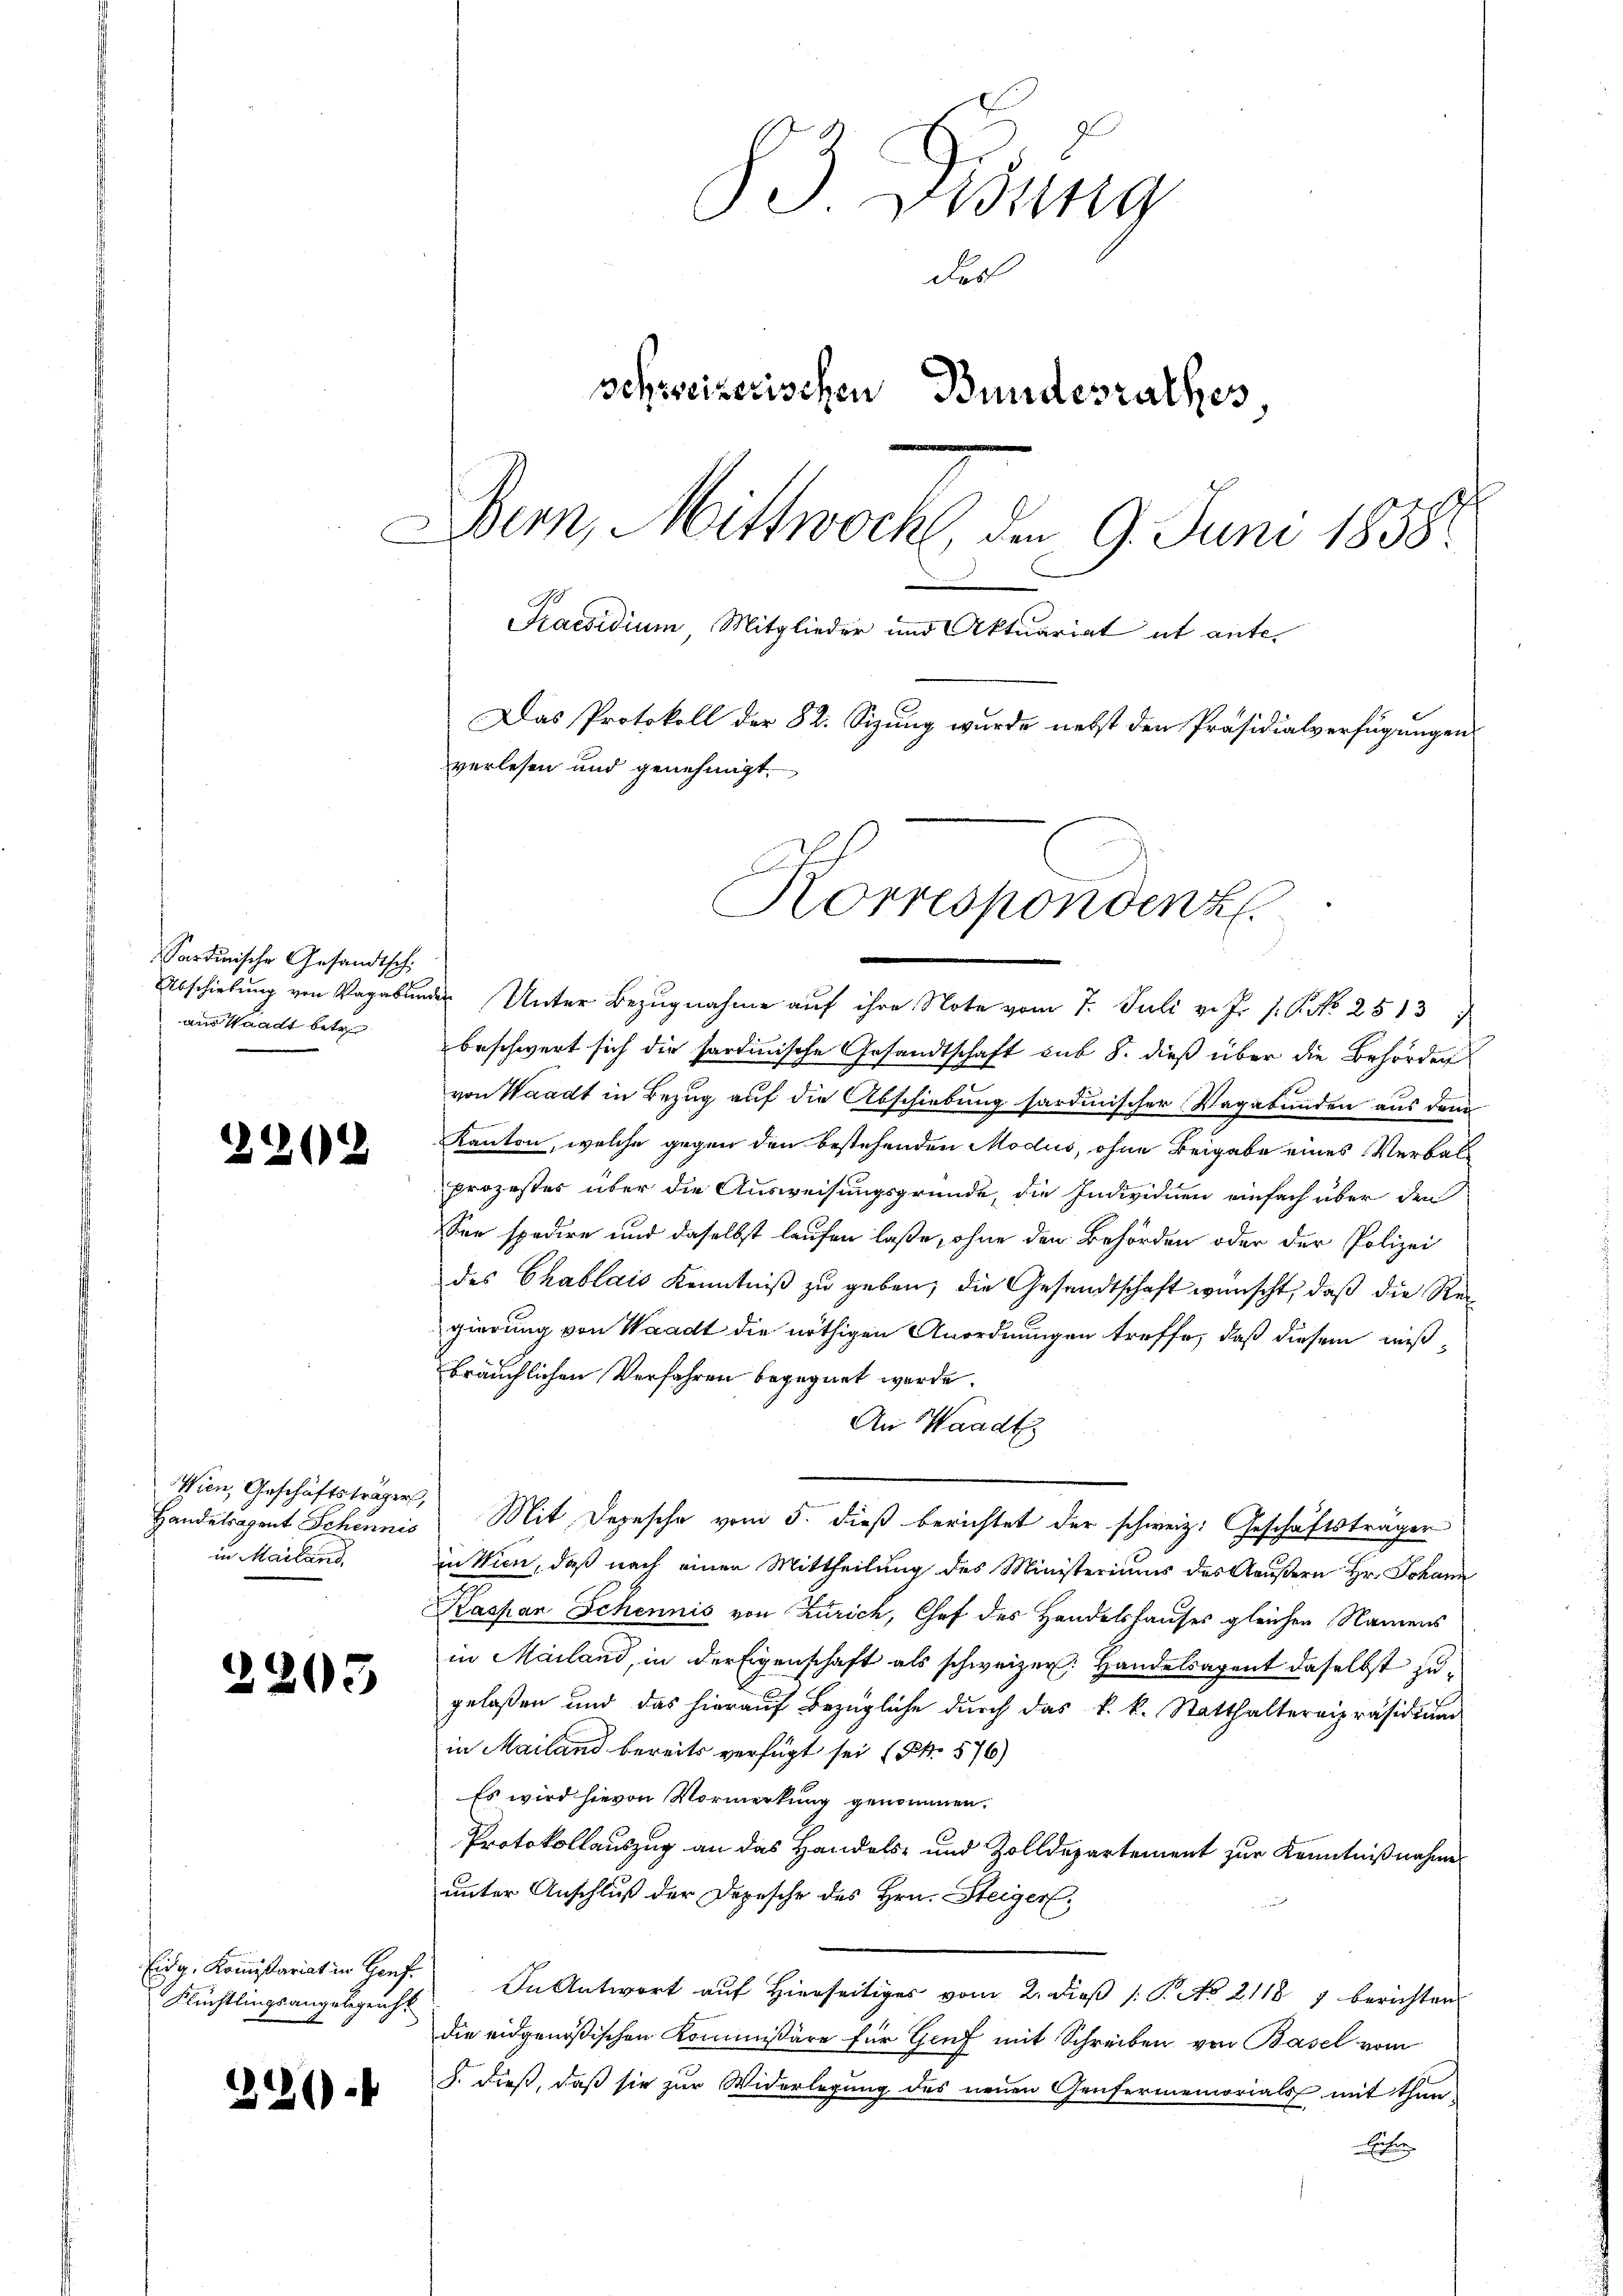
Sardinische Gesandtsch
Abschiebung von Vagabung
aus Waadt betr

2262

Wien, Geschäftsträger,
Handelsagent Schennis
in Mailand

2205

Eidg. Kommissariat in Genf.
Flüchtlingsangelegenst

22).

§3 Disung
der
schweizerischen Bundesrathes.
Bern, Mittwoch, den 9. Juni 1858.
C
Praesidium Mitglieder und Aktuariat ut ante¬
Das Protokoll der 82. Sizung wurde nebst den Präsidialverfügungen
verlesen und genehmigt.
Korrespondenz

Unter Bezugnahme auf ihre Note vom 7. Juli v. J. P. P. No 2513
beschwert sich die sardinische Gesandtschaft sub 8. dieß über die Behörden
von Waadt in Bezug auf die Abschiebung stardinischer Vagabunden aus dem
Kanton, welche gegen den bestehenden Modus, ohne Beigabe eines Verbalprozester über die Ausweisungsgründe, die Individuen einfach über den
See spedire und daselbst laufen laße, ohne den Behörden oder der Polizei
des Chablais Kenntniß zu geben, die Gesandtschaft wünscht, daß die Regierung von Waadt die nöthigen Anordnungen treffe, daß diesem miß
bräuchlichen Verfahren begegnet werde.
An Waadt
Mit Depesche vom 5. dieß berichtet der schweiz. Geschäftsträger
nWien, daß nach einen Mittheilung des Ministeriums des Aeußern Hr. Johann
Kaspar Schennis von Zürich, Chef des Handelshauses gleichen Namens
in Mailand, in der Eigenschaft als schweizer. Handelsagent daselbst zugelaßen und das hierauf Bezügliche durch das k. k. Statthaltereipräsidium
in Mailand bereits verfügt sei (S. 576)
Es wird hievon Vormerkung genommen.
Protokollauszug an das Handels- und Zolldepartement zur Kenntnißnahme
unter Anschluß der Depesche des Hrn. Steiger,
In Antwort auf Hierseitiges vom 2. Dieß ( P. No 21187 berichten
die eidgenößischen Kommissäre für Genf mit Schreiben von Basel vom
S. dieß, daß sie zur Widerlegung des neuen Genfermemorials mit thun
Eier